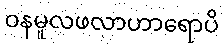
ဝနမူလဖလာဟာရောပိ